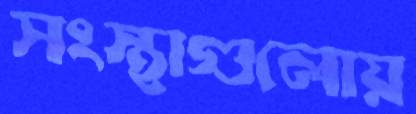
সংস্থাগুলোয়